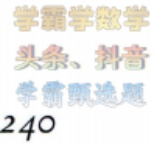
学霸学数学
头条、抖音
学霸题选题
$240^{\circ}$